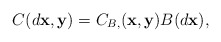
\begin{align*}C(d\mathbf{x},\mathbf{y}) = C_{B,}(\mathbf{x},\mathbf{y})B(d\mathbf{x}),\end{align*}